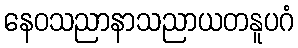
နေဝသညာနာသညာယတနူပဂံ